Annual report of the Civil Veterinary Department, Bengal, and of the Bengal Veterinary College for the year 1903-1904 - 1903-1904
Year: 1903
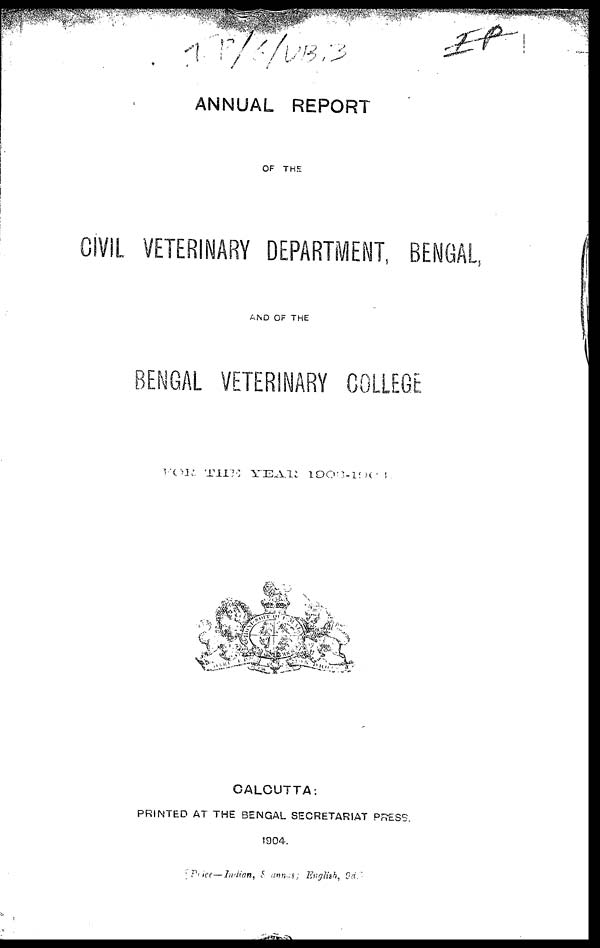
ANNUAL REPORT
OF THE
CIVIL VETERINARY DEPARTMENT, BENGAL,
AND OF THE
BENGAL VETERINARY COLLEGE
FOR THE YEAR 1903-1904.
CALCUTTA:
PRINTED AT THE BENGAL SECRETARIAT PRESS.
1904.
[ Price—Indian, 8 annul; English, 9d.]